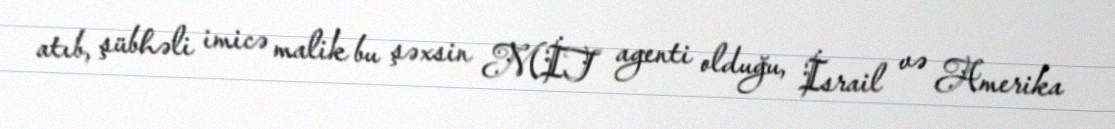
atıb, şübhəli imicə malik bu şəxsin MİT agenti olduğu, İsrail və Amerika